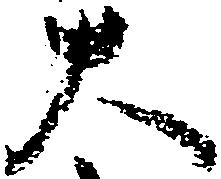
大